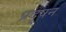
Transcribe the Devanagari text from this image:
प्रदूषन